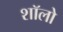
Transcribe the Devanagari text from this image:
शॉलो